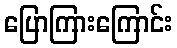
ပြောကြားကြောင်း